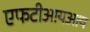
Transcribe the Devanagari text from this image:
एफटीआयआय